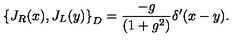
\left\{ J _ { R } ( x ) , J _ { L } ( y ) \right\} _ { D } = \frac { - g } { ( 1 + g ^ { 2 } ) } \delta ^ { \prime } ( x - y ) .